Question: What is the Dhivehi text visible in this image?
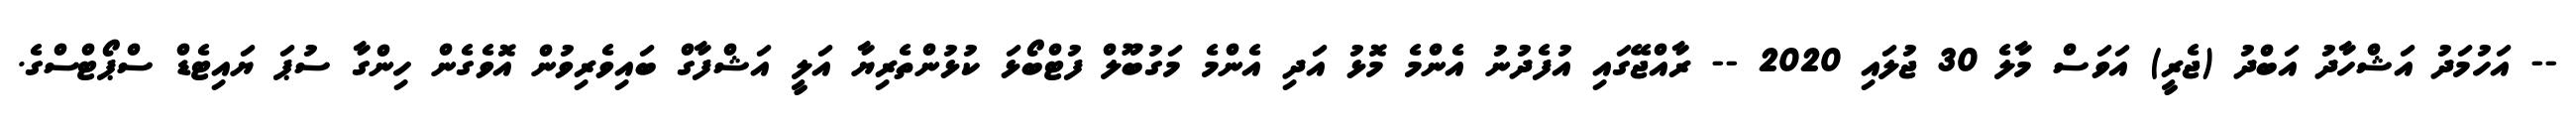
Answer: -- އަހުމަދު އަޝްހާދު އަބްދު (ޖެރީ) އަވަސް މާލެ 30 ޖުލައި 2020 -- ރާއްޖޭގައި އުފެދުނު އެންމެ މޮޅު އަދި އެންމެ މަގުބޫލް ފުޓްބޯޅަ ކުޅުންތެރިޔާ އަލީ އަޝްފާގް ބައިވެރިވުން އޮވެގެން ހިންގާ ސުޕަ ޔައިޓެޑް ސްޕޯޓްސްގެ.